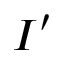
I ^ { \prime }